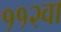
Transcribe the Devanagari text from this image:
११२वा